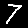
Digit: 7